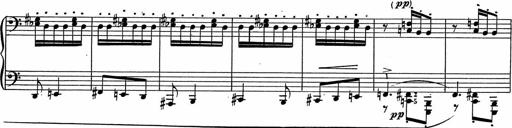
Title: 3Ã¨me Sonatine
Composer: Raffaele d' Alessandro